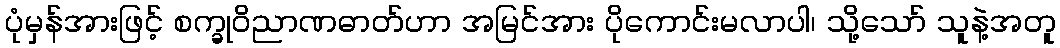
ပုံမှန်အားဖြင့် စက္ခုဝိညာဏဓာတ်ဟာ အမြင်အား ပိုကောင်းမလာပါ၊ သို့သော် သူနဲ့အတူ